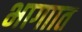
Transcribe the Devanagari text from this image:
भागाात